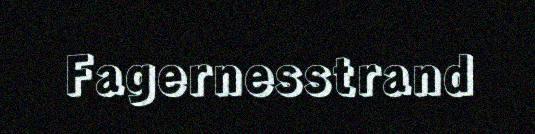
Fagernesstrand